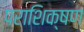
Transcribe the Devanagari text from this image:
पराशिक्षण